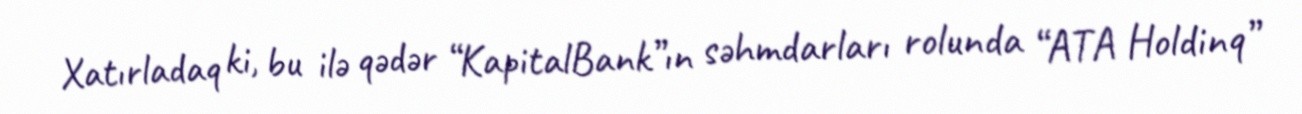
Xatırladaq ki, bu ilə qədər “KapitalBank”ın səhmdarları rolunda “ATA Holdinq”